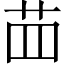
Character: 𦭝